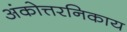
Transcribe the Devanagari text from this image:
अंकोत्तरनिकाय